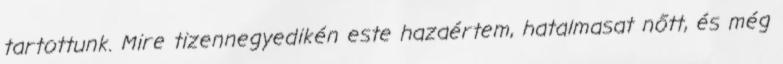
tartottunk. Mire tizennegyedikén este hazaértem, hatalmasat nőtt, és még